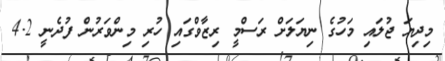
މިދިޔަ ޖުލައި މަހުގެ ނިޔަލަށް ރަސްމީ ރިޒާވްގައި ހުރި މިންވަރުން ފުދެނީ 4.2